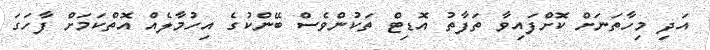
އަދިި މިހާތަނަށް ކޮށްފައިވާ ތަފާތު އޮޑިޓް ތަކުންވެސް ބޭންކުގެ އިހުމާލެއް އޮތްކަމަށް ފާހަަގަ